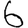
Digit: 6